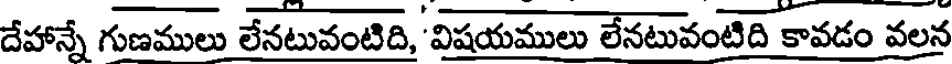
దేహాన్నే గుణములు లేనటువంటిది, విషయములు లేనటువంటిది కావడం వలన